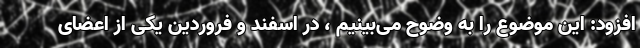
افزود: این موضوع را به وضوح می‌بینیم ، در اسفند و فروردین یکی از اعضای